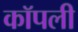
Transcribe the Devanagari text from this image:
कॉपली